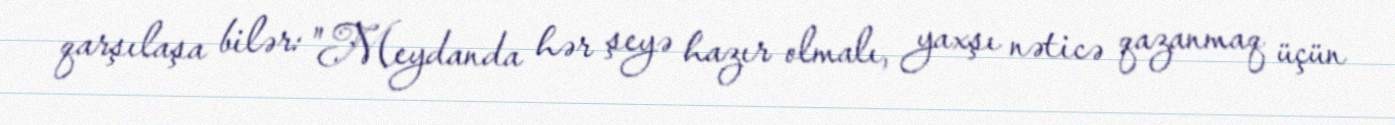
qarşılaşa bilər: "Meydanda hər şeyə hazır olmalı, yaxşı nəticə qazanmaq üçün